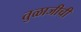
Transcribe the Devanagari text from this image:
तुळाजीची